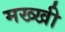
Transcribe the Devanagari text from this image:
मख्खी